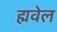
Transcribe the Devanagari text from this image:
ह्मवेल